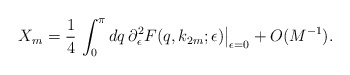
\begin{align*} X_m=\frac{1}{4}\,\int_0^\pi d q\,\partial_\epsilon^2 F(q,k_{2m};\epsilon)\big|_{\epsilon=0}+O(M^{-1}).\end{align*}